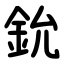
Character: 鈗